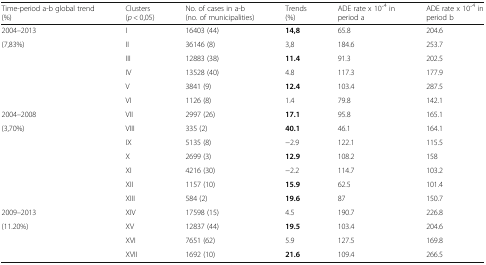
<table><thead><tr><td><b>Time-period a-b global trend (%)</b></td><td><b>Clusters (<i>p</i> &lt; 0,05)</b></td><td><b>No. of cases in a-b (no. of municipalities)</b></td><td><b>Trends (%)</b></td><td><b>ADE rate x 10 ̄<sup>4</sup> in period a</b></td><td><b>ADE rate x 10 ̄<sup>4</sup> in period b</b></td></tr></thead><tbody><tr><td>2004–2013</td><td>I</td><td>16403 (44)</td><td><b>14,8</b></td><td>65.8</td><td>204.6</td></tr><tr><td>(7,83%)</td><td>II</td><td>36146 (8)</td><td>3,8</td><td>184.6</td><td>253.7</td></tr><tr><td></td><td>III</td><td>12883 (38)</td><td><b>11.4</b></td><td>91.3</td><td>202.5</td></tr><tr><td></td><td>IV</td><td>13528 (40)</td><td>4.8</td><td>117.3</td><td>177.9</td></tr><tr><td></td><td>V</td><td>3841 (9)</td><td><b>12.4</b></td><td>103.4</td><td>287.5</td></tr><tr><td></td><td>VI</td><td>1126 (8)</td><td>1.4</td><td>79.8</td><td>142.1</td></tr><tr><td>2004–2008</td><td>VII</td><td>2997 (26)</td><td><b>17.1</b></td><td>95.8</td><td>165.1</td></tr><tr><td>(3,70%)</td><td>VIII</td><td>335 (2)</td><td><b>40.1</b></td><td>46.1</td><td>164.1</td></tr><tr><td></td><td>IX</td><td>5135 (8)</td><td>−2.9</td><td>122.1</td><td>115.5</td></tr><tr><td></td><td>X</td><td>2699 (3)</td><td><b>12.9</b></td><td>108.2</td><td>158</td></tr><tr><td></td><td>XI</td><td>4216 (30)</td><td>−2.2</td><td>114.7</td><td>103.2</td></tr><tr><td></td><td>XII</td><td>1157 (10)</td><td><b>15.9</b></td><td>62.5</td><td>101.4</td></tr><tr><td></td><td>XIII</td><td>584 (2)</td><td><b>19.6</b></td><td>87</td><td>150.7</td></tr><tr><td>2009–2013</td><td>XIV</td><td>17598 (15)</td><td>4.5</td><td>190.7</td><td>226.8</td></tr><tr><td>(11.20%)</td><td>XV</td><td>12837 (44)</td><td><b>19.5</b></td><td>103.4</td><td>204.6</td></tr><tr><td></td><td>XVI</td><td>7651 (62)</td><td>5.9</td><td>127.5</td><td>169.8</td></tr><tr><td></td><td>XVII</td><td>1692 (10)</td><td><b>21.6</b></td><td>109.4</td><td>266.5</td></tr></tbody></table>